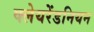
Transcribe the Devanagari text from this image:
क्लेयरेंडनियन